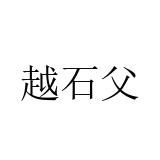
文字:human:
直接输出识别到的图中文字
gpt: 越石父